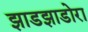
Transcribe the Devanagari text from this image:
झाडझाडोरा